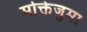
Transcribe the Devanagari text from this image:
मोक्तेजुमा